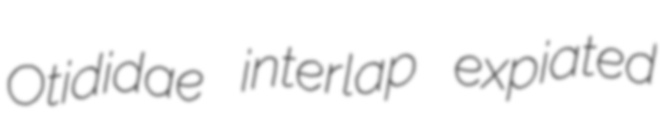
Otididae interlap expiated